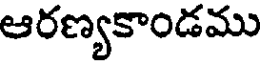
ఆరణ్యకాండము